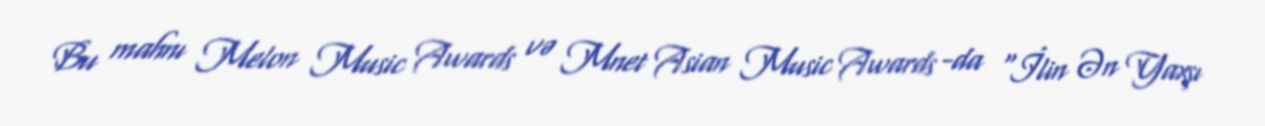
Bu mahnı Melon Music Awards və Mnet Asian Music Awards -da "İlin Ən Yaxşı